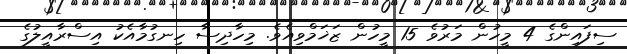
ސިފައިންގެ 4 މީހުން މަރުވެ 15 މީހުން ޒަޚަމްވިއެވެ. މިހާދިސާ ހިނގުމާއެކު އިސްރާއީލުގެ